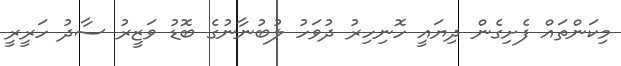
މިކަންތައް ފެށިގެން ދިޔައީ ހޮނިހިރު ދުވަހު ލުބުނާނުގެ ބޮޑު ވަޒީރު ސާދު ހަރީރީ